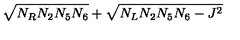
\sqrt { N _ { R } N _ { 2 } N _ { 5 } N _ { 6 } } + \sqrt { N _ { L } N _ { 2 } N _ { 5 } N _ { 6 } - J ^ { 2 } }